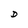
Character: D